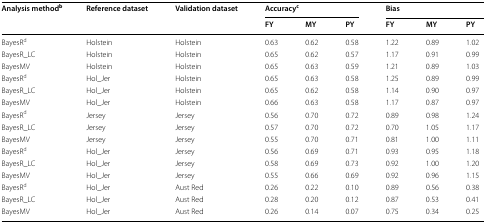
| <ROWSPAN=2> Analysis methodb | <ROWSPAN=2> Reference dataset | <ROWSPAN=2> Validation dataset | <COLSPAN=3> Accuracyc | <COLSPAN=3> Bias |
 | FY | MY | PY | FY | MY | PY |
 | --- | --- | --- | --- | --- | --- | --- | --- | --- |
 | BayesRd | Holstein | Holstein | 0.63 | 0.62 | 0.58 | 1.22 | 0.89 | 1.02 |
 | BayesR_LC | Holstein | Holstein | 0.65 | 0.62 | 0.57 | 1.17 | 0.91 | 0.99 |
 | BayesMV | Holstein | Holstein | 0.65 | 0.63 | 0.59 | 1.21 | 0.89 | 1.03 |
 | BayesRd | Hol_Jer | Holstein | 0.65 | 0.63 | 0.58 | 1.25 | 0.89 | 0.99 |
 | BayesR_LC | Hol_Jer | Holstein | 0.65 | 0.62 | 0.58 | 1.14 | 0.90 | 0.97 |
 | BayesMV | Hol_Jer | Holstein | 0.66 | 0.63 | 0.58 | 1.17 | 0.87 | 0.97 |
 | BayesRd | Jersey | Jersey | 0.56 | 0.70 | 0.72 | 0.89 | 0.98 | 1.24 |
 | BayesR_LC | Jersey | Jersey | 0.57 | 0.70 | 0.72 | 0.70 | 1.05 | 1.17 |
 | BayesMV | Jersey | Jersey | 0.55 | 0.70 | 0.71 | 0.81 | 1.00 | 1.11 |
 | BayesRd | Hol_Jer | Jersey | 0.56 | 0.69 | 0.71 | 0.93 | 0.95 | 1.18 |
 | BayesR_LC | Hol_Jer | Jersey | 0.58 | 0.69 | 0.73 | 0.92 | 1.00 | 1.20 |
 | BayesMV | Hol_Jer | Jersey | 0.55 | 0.66 | 0.69 | 0.92 | 0.96 | 1.15 |
 | BayesRd | Hol_Jer | Aust Red | 0.26 | 0.22 | 0.10 | 0.89 | 0.56 | 0.38 |
 | BayesR_LC | Hol_Jer | Aust Red | 0.28 | 0.20 | 0.12 | 0.87 | 0.53 | 0.41 |
 | BayesMV | Hol_Jer | Aust Red | 0.26 | 0.14 | 0.07 | 0.75 | 0.34 | 0.25 |